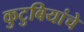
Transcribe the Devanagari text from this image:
कुटुबियांचे